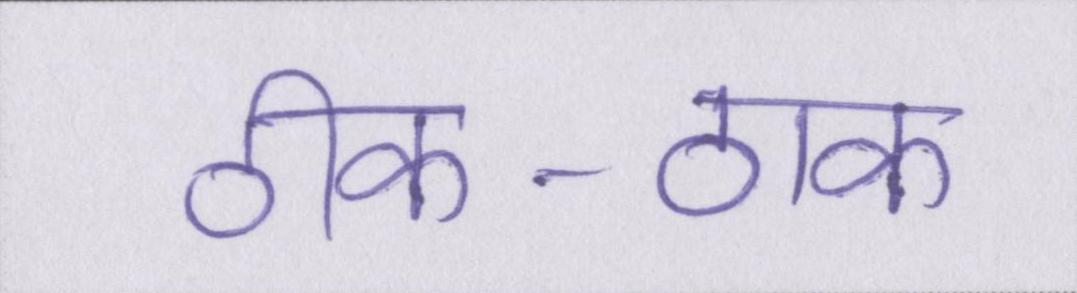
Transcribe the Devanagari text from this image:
ठीक-ठाक